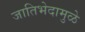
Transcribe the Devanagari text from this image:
जातिभेदामुळे